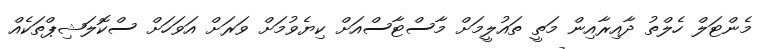
މެންޓަލް ހެލްތު ދާއިރާއިން މަތީ ތައުލީމަށް މާސްޓާސްއަށް ކިޔެވުމަށް ވަރަށް އަވަހަށް ސްކޮލަޝިޕްތަކެއް